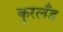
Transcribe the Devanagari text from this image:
कूरलँड